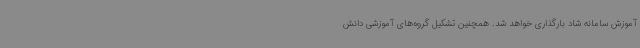
آموزش سامانه شاد بارگذاری خواهد شد. همچنین تشکیل گروه‌های آموزشی دانش